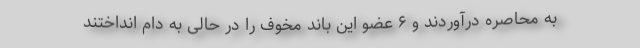
به محاصره درآوردند و ۶ عضو این باند مخوف را در حالی به دام انداختند